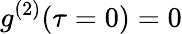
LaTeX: g^{(2)}(\tau=0)=0